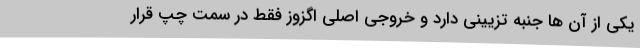
یکی از آن ها جنبه تزیینی دارد و خروجی اصلی اگزوز فقط در سمت چپ قرار